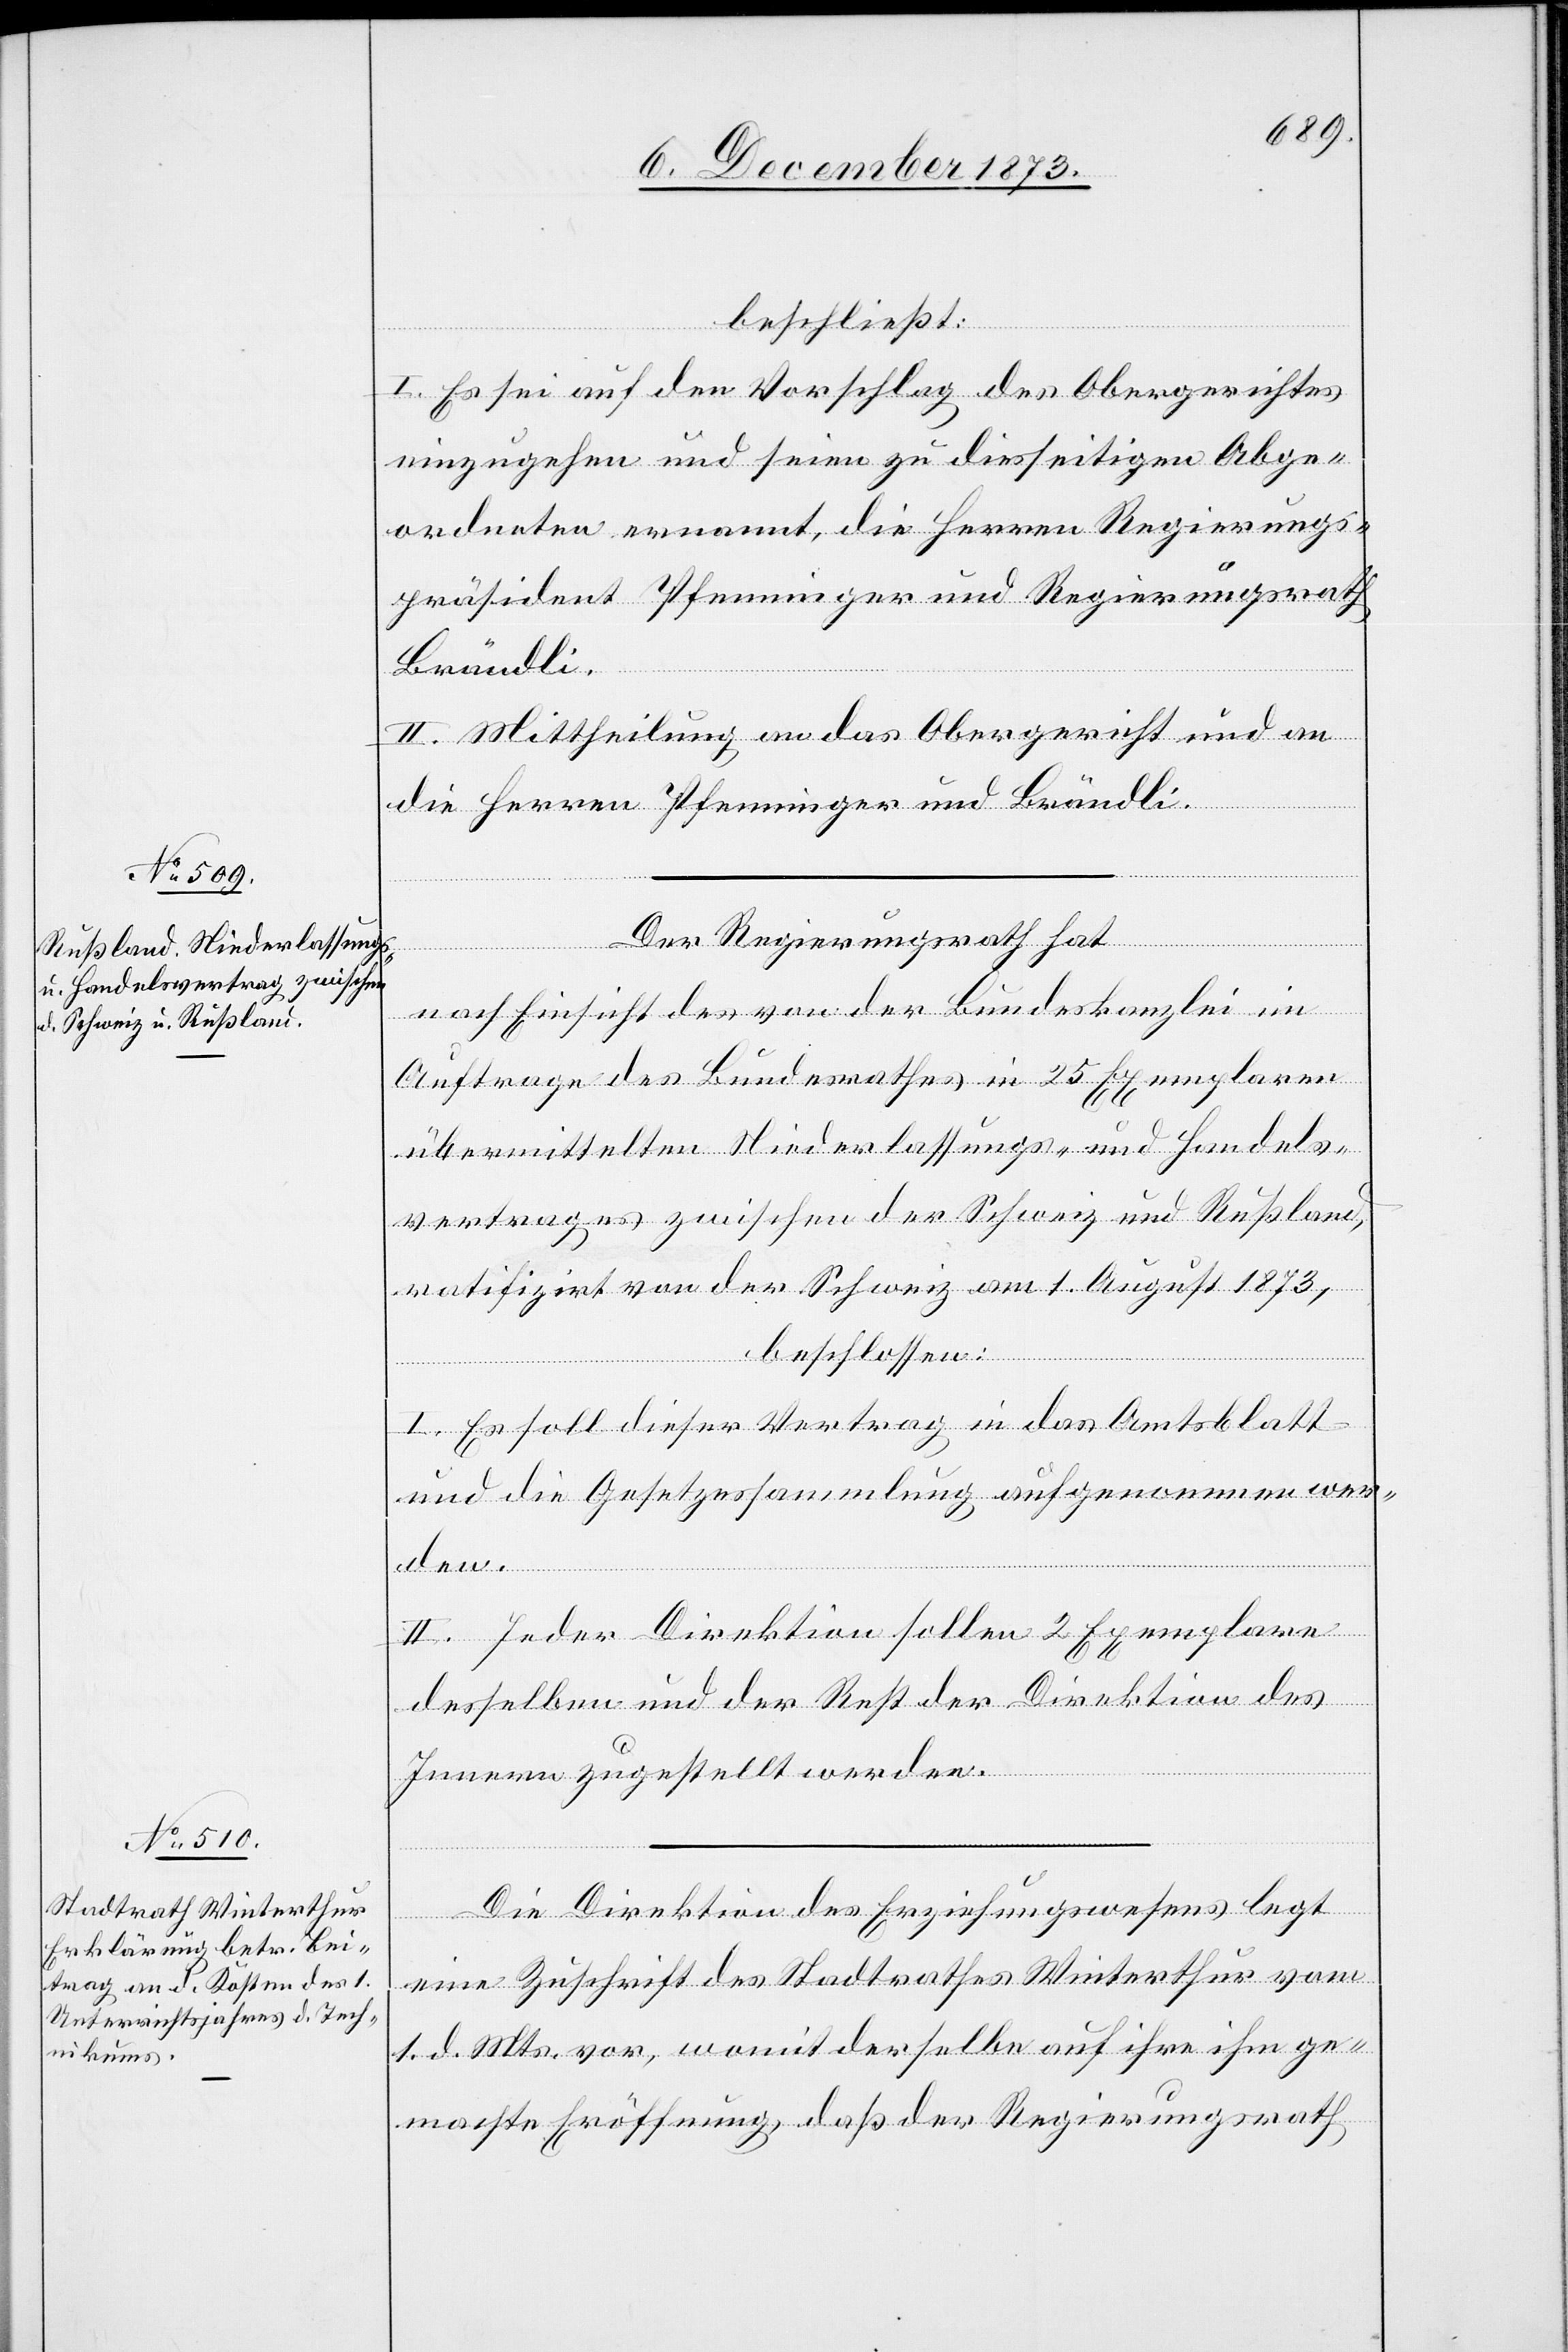
beschließt:
I. Es sei auf den Vorschlag des Obergerichtes
einzugehen und seien zu diesseitigen Abge¬
ordneten ernannt, die Herren Regierungs¬
präsident Pfenninger und Regierungsrath
Brändli.
II. Mittheilung an das Obergericht und an
die Herren Pfenninger und Brändli.
Der Regierungsrath hat
nach Einsicht des von der Bundeskanzlei im
Auftrage des Bundesrathes in 25 Exemplaren
übermittelten Niederlassungs- und Handels¬
vertrages zwischen der Schweiz und Rußland,
ratifizirt von der Schweiz am 1. August 1873,
beschlossen:
I. Es soll dieser Vertrag in das Amtsblatt
und die Gesetzessammlung aufgenommen wer¬
den.
II. Jeder Direktion sollen 2 Exemplare
desselben und der Rest der Direktion des
Innern zugestellt werden.
Die Direktion des Erziehungswesens legt
eine Zuschrift des Stadtrathes Winterthur vom
1. d. Mts. vor, womit derselbe auf ihre ihm ge¬
machte Eröffnung, daß der Regierungsrath